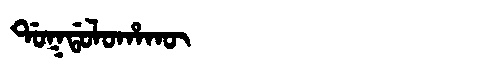
Manchu: ᡩᠣᡴᡩᠣᠯᠣᡥᠠᡴᡡ
Romanization: DOKDOLOHAKŪ